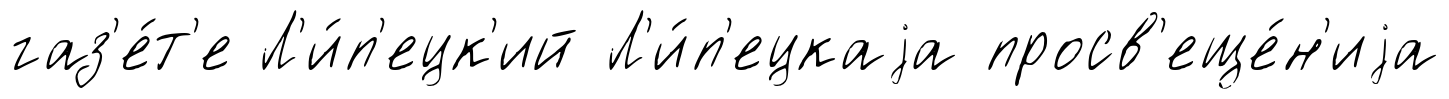
газ'е́т'е Л'и́п'ецк'ий Л'и́п'ецкаjа просв'еще́н'иjа